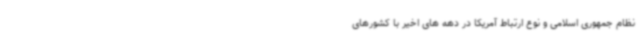
نظام جمهوری اسلامی و نوع ارتباط آمریکا در دهه های اخیر با کشورهای